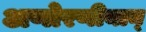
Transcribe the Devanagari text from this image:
अणोरणीयान्‌